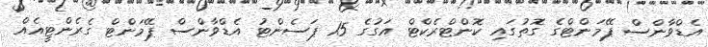
އެޑްވާންސް ޕޭމަންޓްގެ ގޮތުގައި ކޮންޓްރެކްޓް އަގުގެ 15 ޕަސެންޓު އެޑްވާންސް ޕޭމަންޓް ގެރެންޓީއެއް